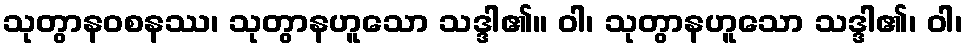
သုတွာနဝစနဿ၊ သုတွာနဟူသော သဒ္ဒါ၏။ ဝါ၊ သုတွာနဟူသော သဒ္ဒါ၏၊ ဝါ၊